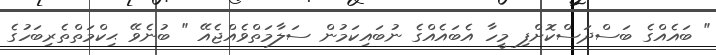
" ބައެއްގެ ބަސްދަސްކޮށްފި މީހާ އެބައެއްގެ ނުބައިކަމުން ސަލާމަތްވެއްޖެއޭ " ބުނެވޭ ޙިކްމަތްތެރިބަހުގެ